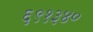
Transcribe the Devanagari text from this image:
६९१३४०